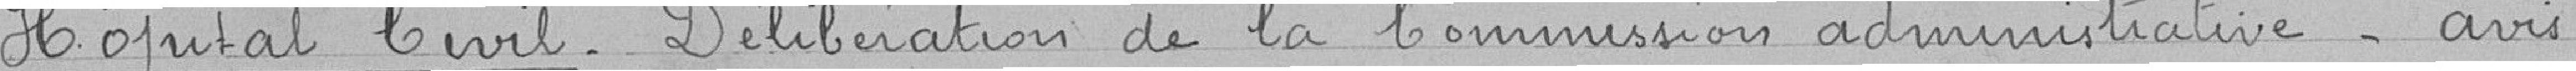
Hôpital Civil_ Délibération de la Commission administrative_ Avis